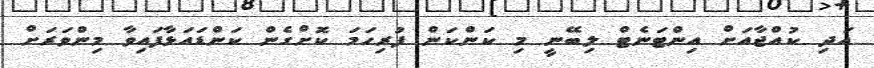
އަދި ކުއްޖާއަށް އިންޓަނެޓް ލިބޭނީ މި ކަންކަން ފުރިހަމަ ކޮށްގެން ކަންޑައަޅާފައިވާ މިންވަރަށް